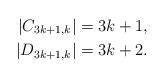
LaTeX: \begin{align*}|C_{3k+1,k}| & = 3 k +1,\\|D_{3k+1,k}| & = 3 k +2.\end{align*}